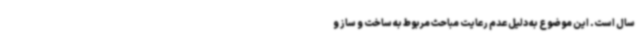
سال است. این موضوع به دلیل عدم رعایت مباحث مربوط به ساخت و ساز و